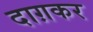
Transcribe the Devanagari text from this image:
दाग़कर